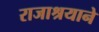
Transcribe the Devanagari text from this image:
राजाश्रयाने